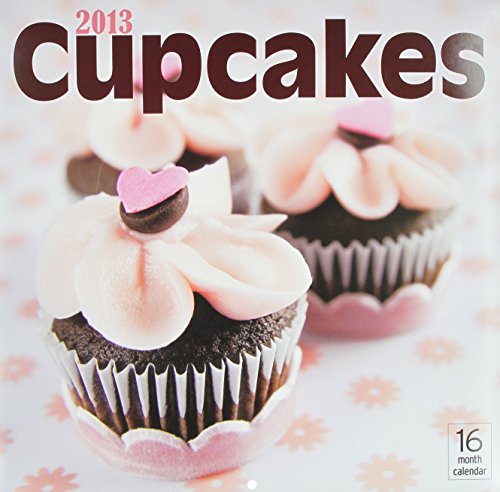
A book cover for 2013 Cupcakes; Moseley Road Inc.; Calendars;